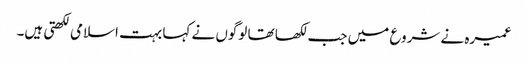
عمیرہ نے شروع میں جب لکھا تھا لوگوں نے کہا بہت اسلامی لکھتی ہیں۔